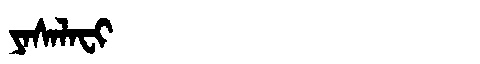
Manchu: ᠶᠠᠰᠠᠯᠠᠸᡳ
Romanization: YASALAFI